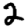
Digit: 2